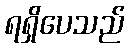
ရရှိပေသည်